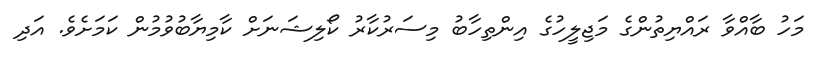
މަހު ބާއްވާ ރައްޔިތުންގެ މަޖިލީހުގެ އިންތިހާބު މިސަރުކާރު ކޯލިޝަނަށް ކާމިޔާބުވުމުން ކަމަށެވެ. އަދި